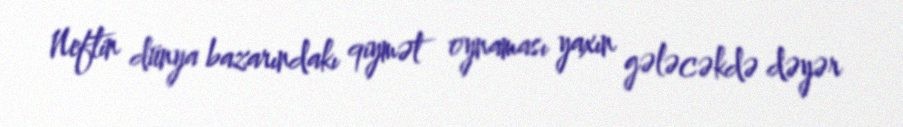
Neftin dünya bazarındakı qiymət oynaması yaxın gələcəkdə dəyər